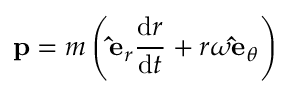
\mathbf { p } = m \left( \mathbf { \hat { e } } _ { r } { \frac { \mathrm { d } r } { \mathrm { d } t } } + r \omega \mathbf { \hat { e } } _ { \theta } \right)